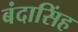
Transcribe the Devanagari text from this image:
बंदासिंह